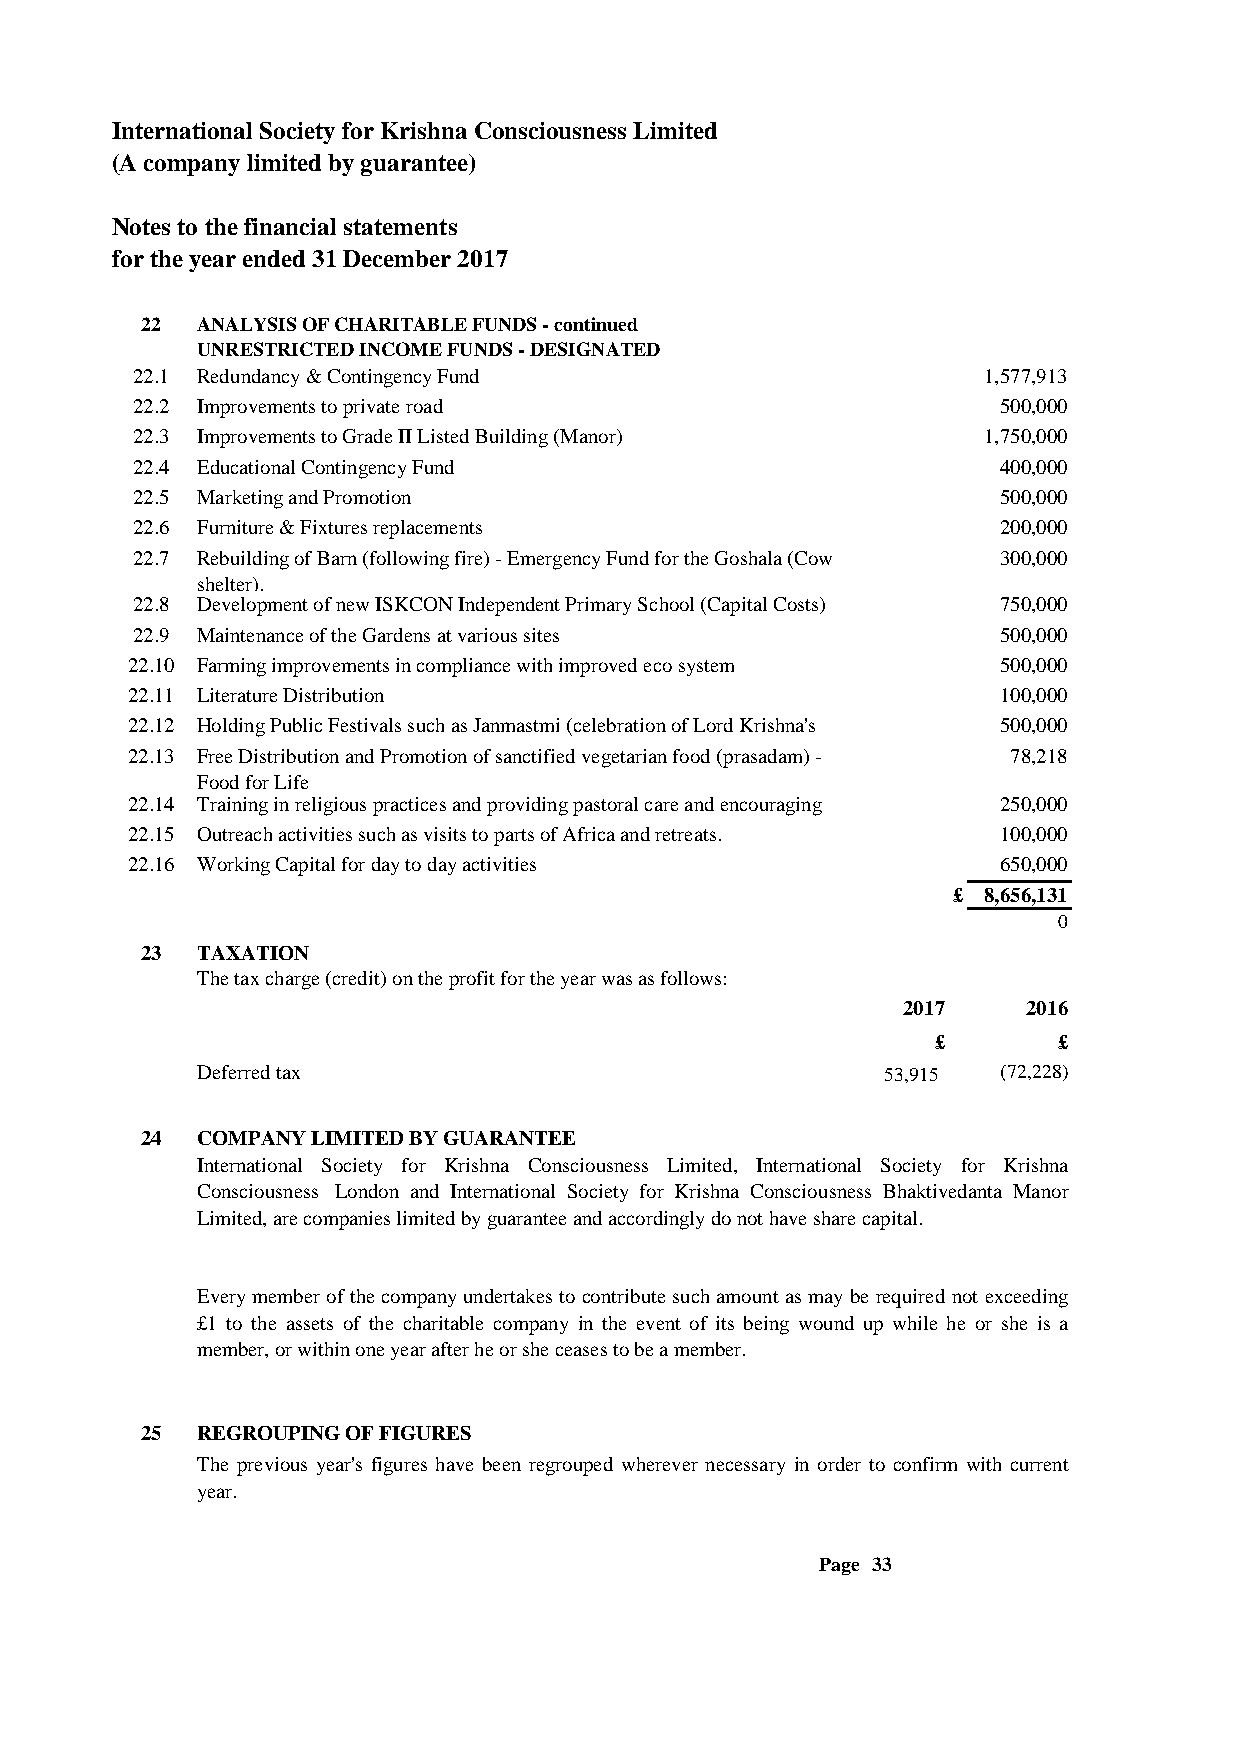
International Society for Krishna Consciousness Limited
 (A company limited by guarantee)
 Notes to the financial statements
 for the year ended 31 December 2017
 22  ANALYSIS OF CHARITABLE FUNDS - continued
 UNRESTRICTED INCOME FUNDS - DESIGNATED
 22.1 Redundancy & Contingency Fund                      1,577,913
 22.2 Improvements to private road                        500,000
 22.3 Improvements to Grade II Listed Building (Manor)   1,750,000
 22.4 Educational Contingency Fund                        400,000
 22.5 Marketing and Promotion                             500,000
 22.6 Furniture & Fixtures replacements                   200,000
 22.7 Rebuilding of Barn (following fire) - Emergency Fund for the Goshala (Cow 300,000
 shelter).
 22.8 Development of new ISKCON Independent Primary School (Capital Costs) 750,000
 22.9 Maintenance of the Gardens at various sites         500,000
 22.10 Farming improvements in compliance with improved eco system 500,000
 22.11 Literature Distribution                             100,000
 22.12 Holding Public Festivals such as Janmastmi (celebration of Lord Krishna's 500,000
 22.13 aFprepee aDraisntcrieb iunt itohnis a wndo rPldro) movoetiro an poefr sioadn cotiff itewdo v megoenttahrsi aans fwoeoldl a(ps rRasaathdyamatr)a - 78,218
 Food for Life
 22.14 Training in religious practices and providing pastoral care and encouraging 250,000
 22.15 Ovoulturnetaecehr iancgt i&vi teiessta sbulicshh iansg v oisfi tnse two cpeanrttsr eosf/ sAanfrgiacsa faonrd c roentrgeraetgsa.tional prayers 100,000
 22.16 Working Capital for day to day activities           650,000
 £ 8,656,131
 0
 23  TAXATION
 The tax charge (credit) on the profit for the year was as follows:
 2017    2016
 £       £
 Deferred tax                                 5 3,915 (72,228)
 24  COMPANY LIMITED BY GUARANTEE
 International Society for Krishna Consciousness Limited, International Society for Krishna
 Consciousness London and International Society for Krishna Consciousness Bhaktivedanta Manor
 Limited, are companies limited by guarantee and accordingly do not have share capital.
 Everymember ofthe companyundertakes to contribute suchamountasmaybe required not exceeding
 £1 to the assets of the charitable company in the event of its being wound up while he or she is a
 member, or within one year after he or she ceases to be a member.
 25  REGROUPING OF FIGURES
 The previous year's figures have been regrouped wherever necessary in order to confirm with current
 year.
 Page 33